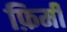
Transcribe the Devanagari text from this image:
फ़िर्मी